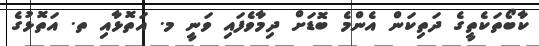
ކާބޯތަކެތީގެ ދަތިކަން އެންމެ ބޮޑަށް ދިމާވެފައި ވަނީ މ. އަތޮޅާއި ތ. އަތޮޅުގެ